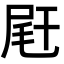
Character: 𡱭